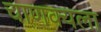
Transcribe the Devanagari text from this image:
चाणक्यला